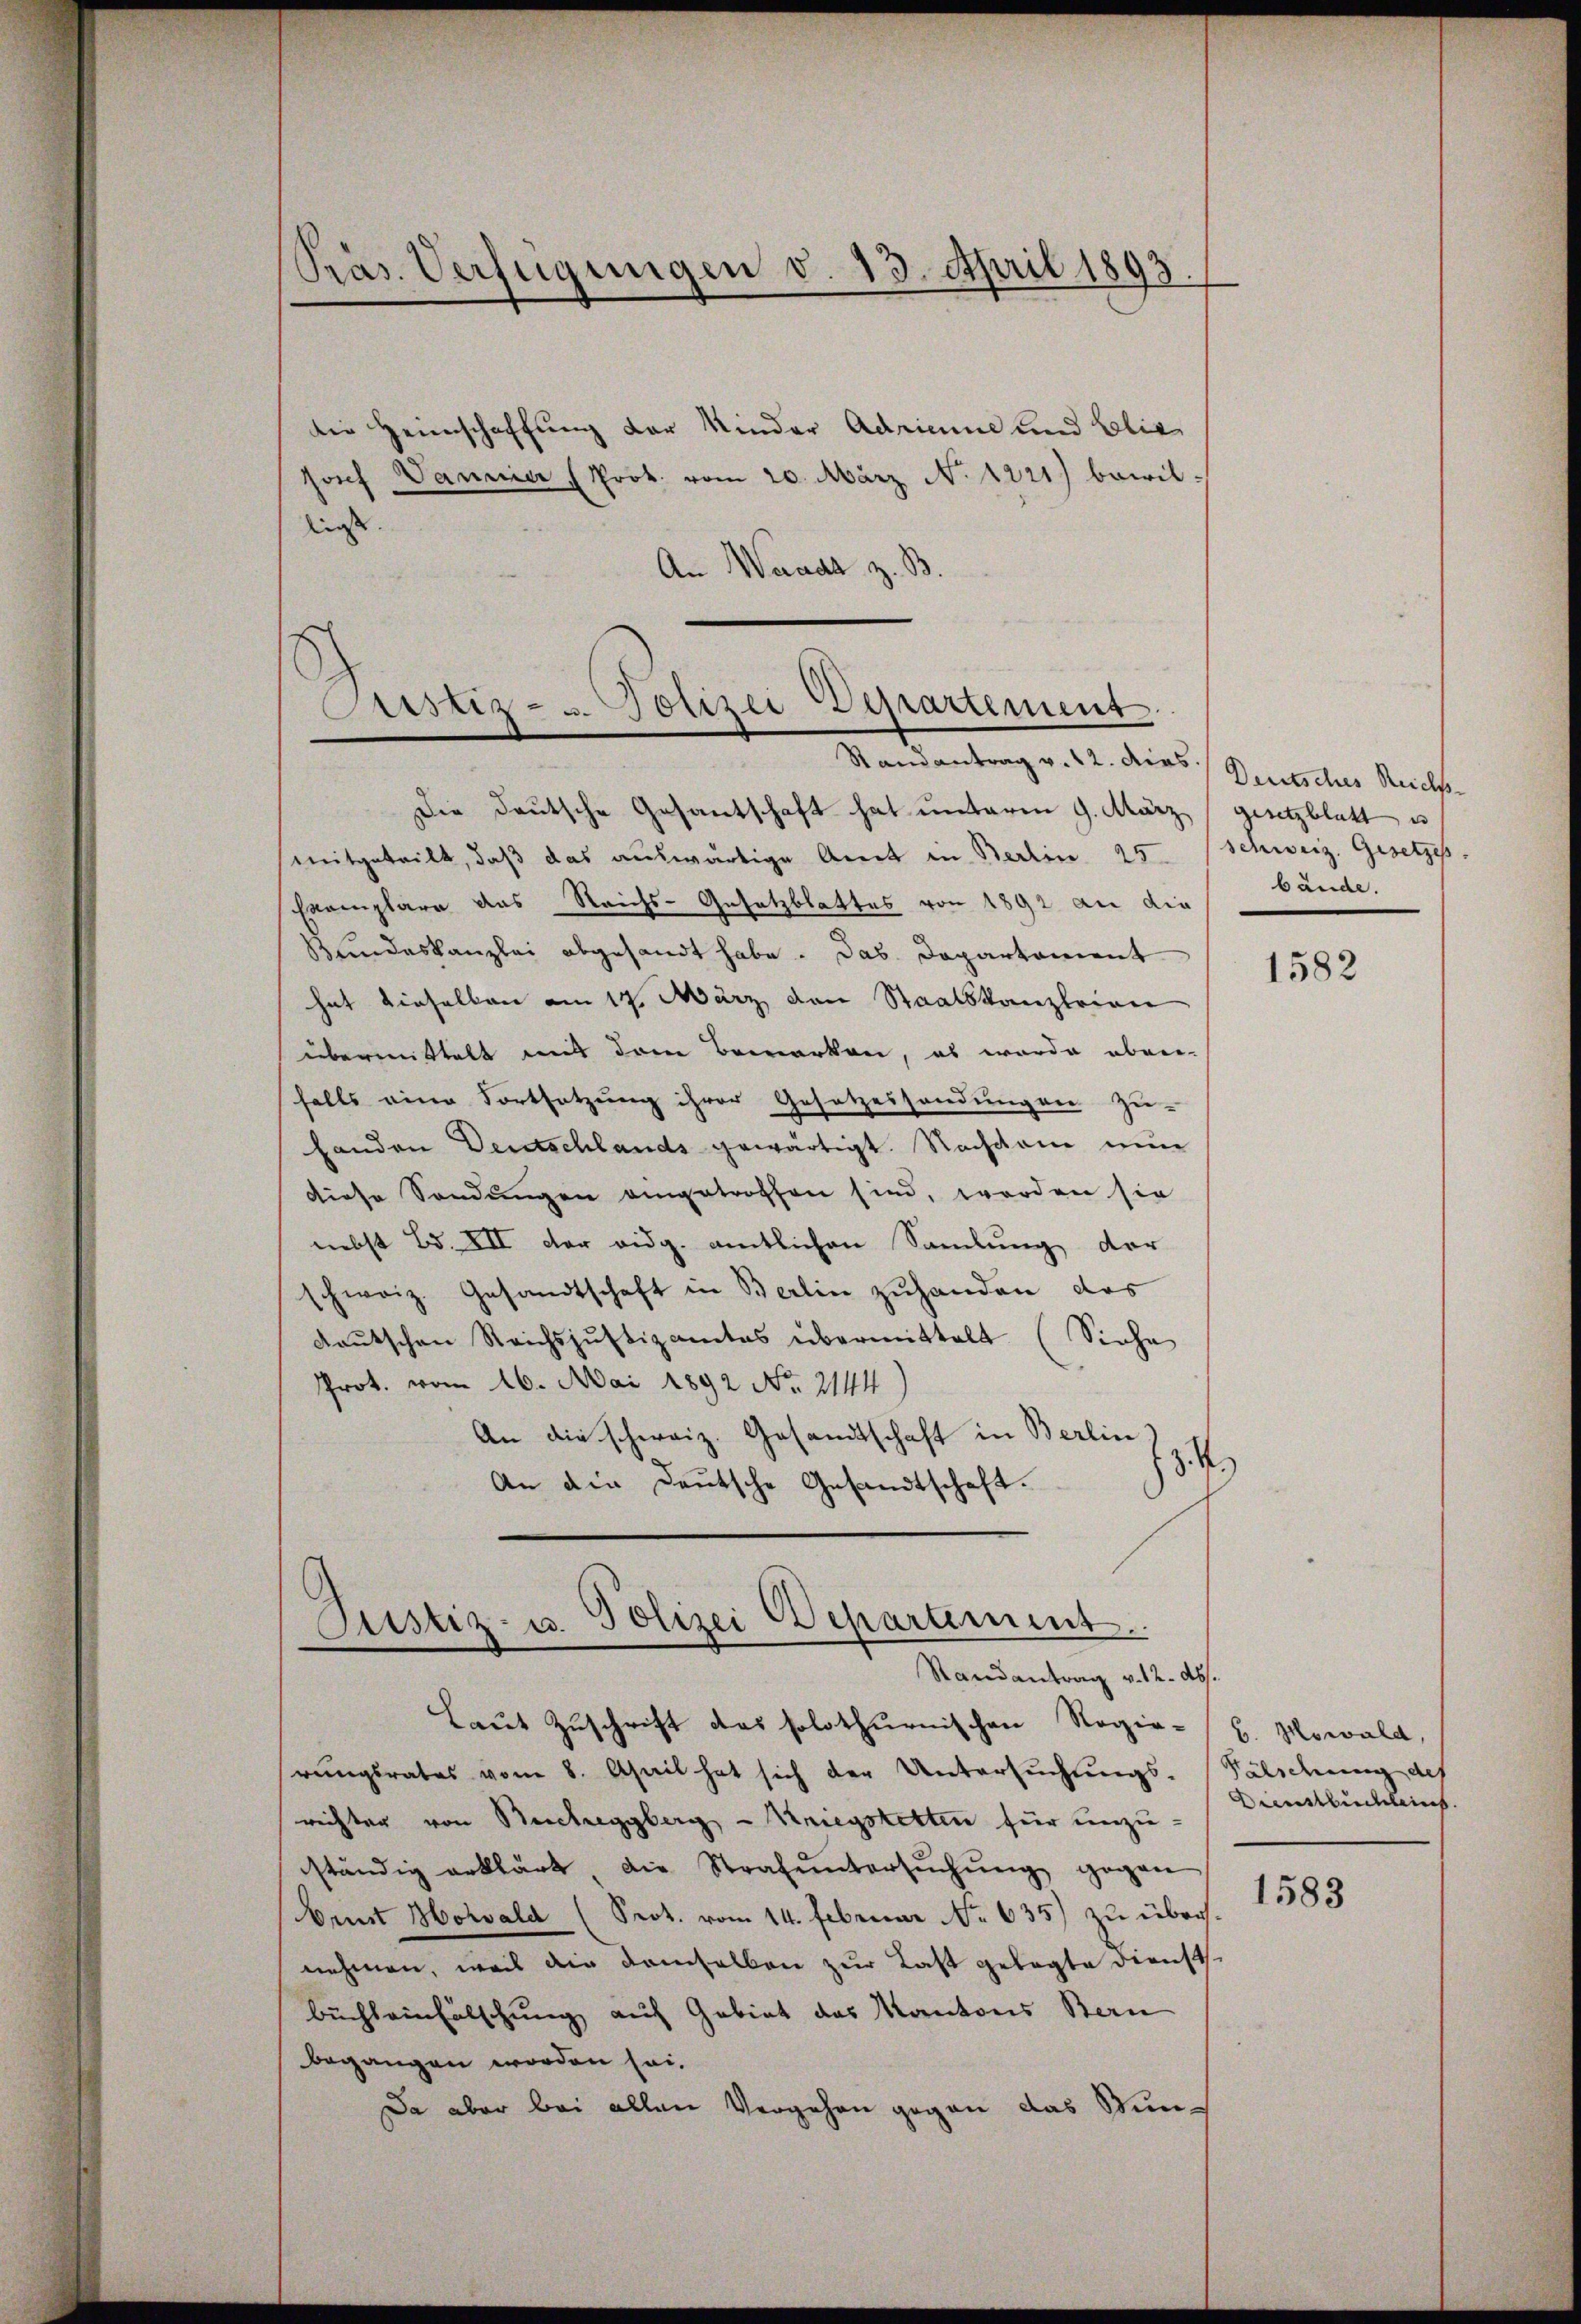
Präs. Verfügungen v. 13. April 1893.

die Heimschaffung der Kinder Adriane und Blit
Josef Vannier (Prok. vom 20. März No. 1221) bewil-
liess.
An Waadt z. B.

Astiz- u. Polizei Departement
Randantrag v. 22. ders Deutsches Reich

Die deutsche Gesantschaft hat unterm 9. März (gesetzblatt es
mitgeteilt, daß das auswärtige Amt in Berlin 25. (Schweiz. Gesetzes.
Exemplare das Reichs-Gesetzblattes von 1892 an die
Bundeskanzlei abgesandt habe. Das Departement
hat dieselben am 17. März den Staatskanzleian
übermittelt mit dem Bemerken, es wurde abrei-
falls eine Fortsetzung ihrer Gesetzessendungen zu-
handen Deutschlands gewärtigt. Nachdem nun
diese Sendungen angetroffen sind, worden sie
nebst Bd. XII der eidg. amtlichen Sammlung der
schweiz. Gesandtschaft in Berlin zuhanden das
daŭtschen Reichsjŭstizamtes übermittelt. (Siehe
Prot. vom 16. Mai 1892 No. 2144
An die schweiz. Gesandtschaft in Berlin
3.4.
An die Deutsche Gesandtschaft.
Justiz- u. Polizei Departement.

Randantrag v. 12. Abs.

Laut Zuschrift das solothurnischen Regie-H. Mowald,
rungsrates vom 8. April hat sich der Untersuchungs-Fälschung des
richter von Bucheggberg - Kriegsketten für unzu-
ständig erklärt die Strafŭntersŭchŭng gegen
Omnt Horwald (Prot. vom 14. Februar No 635) zu über.
nehmen, weil die demselben zur Last gelegte Dienst
Buchleinfälschung auf Gebiet des Kantons Bern
begangen worden sei.
Da aber bei allen Vergehen gegen das Stun¬

bände.

1582

Dienstbuchleich.
1583